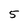
Character: 5